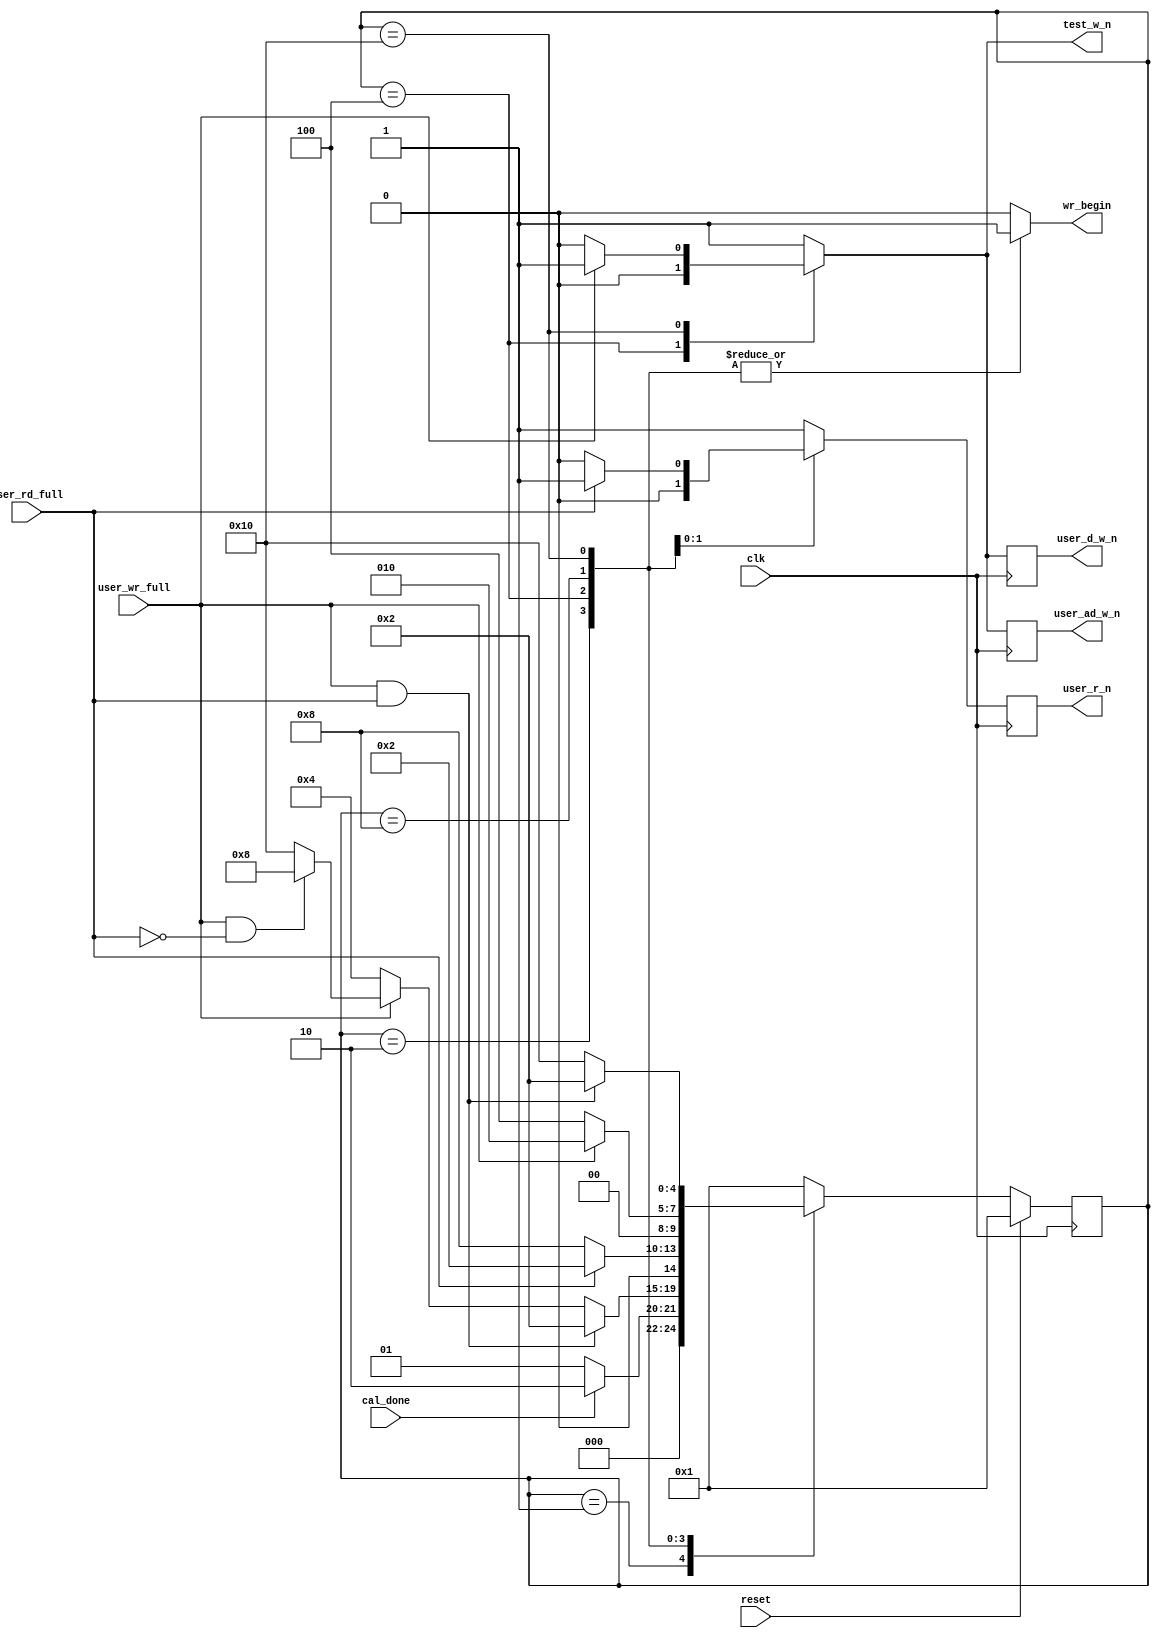
//*****************************************************************************
// DISCLAIMER OF LIABILITY
//
// This file contains proprietary and confidential information of
// Xilinx, Inc. ("Xilinx"), that is distributed under a license
// from Xilinx, and may be used, copied and/or disclosed only
// pursuant to the terms of a valid license agreement with Xilinx.
//
// XILINX IS PROVIDING THIS DESIGN, CODE, OR INFORMATION
// ("MATERIALS") "AS IS" WITHOUT WARRANTY OF ANY KIND, EITHER
// EXPRESSED, IMPLIED, OR STATUTORY, INCLUDING WITHOUT
// LIMITATION, ANY WARRANTY WITH RESPECT TO NONINFRINGEMENT,
// MERCHANTABILITY OR FITNESS FOR ANY PARTICULAR PURPOSE. Xilinx
// does not warrant that functions included in the Materials will
// meet the requirements of Licensee, or that the operation of the
// Materials will be uninterrupted or error-free, or that defects
// in the Materials will be corrected. Furthermore, Xilinx does
// not warrant or make any representations regarding use, or the
// results of the use, of the Materials in terms of correctness,
// accuracy, reliability or otherwise.
//
// Xilinx products are not designed or intended to be fail-safe,
// or for use in any application requiring fail-safe performance,
// such as life-support or safety devices or systems, Class III
// medical devices, nuclear facilities, applications related to
// the deployment of airbags, or any other applications that could
// lead to death, personal injury or severe property or
// environmental damage (individually and collectively, "critical
// applications"). Customer assumes the sole risk and liability
// of any use of Xilinx products in critical applications,
// subject only to applicable laws and regulations governing
// limitations on product liability.
//
// Copyright 2006, 2007, 2008 Xilinx, Inc.
// All rights reserved.
//
// This disclaimer and copyright notice must be retained as part
// of this file at all times.
//*****************************************************************************
//   ____  ____
//  /   /\/   /
// /___/  \  /    Vendor             : Xilinx
// \   \   \/     Version            : 3.6.1
//  \   \         Application        : MIG
//  /   /         Filename           : qdrii_test_wr_rd_sm.v
// /___/   /\     Timestamp          : 15 May 2006
// \   \  /  \    Date Last Modified : $Date: 2010/11/26 18:26:07 $
//  \___\/\___\
//
//Device: Virtex-5
//Design: QDRII
//
//Purpose:
//    This module
//       1. generates writes and read commands emulating the user backend.
//
//Revision History:
//
//*****************************************************************************

`timescale 1ns/1ps

module qdrii_test_wr_rd_sm #
  (
   // Following parameters are for 72-bit design (for ML561 Reference board
   // design). Actual values may be different. Actual parameters values are
   // passed from design top module controller module. Please refer to the
   // controller module for actual values.
   parameter BURST_LENGTH = 4
   )
  (
   input      clk,
   input      reset,
   input      cal_done,
   input      user_wr_full,
   input      user_rd_full,
   output reg test_w_n,
   output reg user_ad_w_n,
   output reg user_d_w_n,
   output reg user_r_n,
   output reg wr_begin
   );


   localparam [4:0] //5 states - one-hot encoded
                    INIT         =  5'b0_0001,
                    IDLE         =  5'b0_0010,
                    TEST_WR      =  5'b0_0100,
                    TEST_RD      =  5'b0_1000,
                    TEST_WR_RD   =  5'b1_0000;

   reg [4:0]        Current_State;
   reg [4:0]        Next_State;
   reg              test_r_n;

   always @(posedge clk)
     begin
        if (reset)
          Current_State <= INIT;
        else
          Current_State <= Next_State;
     end

   always @(Current_State or user_wr_full or user_rd_full or cal_done)
     begin
        test_w_n = 1;
        test_r_n = 1;
        wr_begin = 0;

        case (Current_State)
          INIT: begin
             if (cal_done)
               Next_State = IDLE;
             else
               Next_State = INIT;
          end

          IDLE: begin
          wr_begin = 1;
             if (user_wr_full & user_rd_full)
               Next_State = IDLE;
             else if ((!user_wr_full) & (BURST_LENGTH == 4))
               Next_State = TEST_WR;
             else if (user_wr_full & (!user_rd_full) & (BURST_LENGTH == 4))
               Next_State = TEST_RD;
             else
               Next_State = TEST_WR_RD;
          end

          TEST_WR: begin
             wr_begin  = 1;
             test_w_n  = 0;  // Initiate a write cycle
             if (user_rd_full)
               Next_State = IDLE;
             else
               Next_State = TEST_RD;
          end

          TEST_RD: begin
             test_r_n = 0;  // Initiate a read cycle
             wr_begin = 1;
             if (user_wr_full)
               Next_State = IDLE;
             else
               Next_State = TEST_WR;
          end

          // BL2 design Write-Read state. For BL2 Write and Read command can be
          // issued in the same clock.
          TEST_WR_RD : begin
            wr_begin = 1;
            if(!user_wr_full)
              test_w_n = 0;
            if(!user_rd_full)
              test_r_n = 0;
            if(user_wr_full & user_rd_full)
              Next_State = IDLE;
            else
              Next_State = TEST_WR_RD;
          end

          default: Next_State = INIT;
        endcase
     end

//   always @(posedge clk)
//     begin
//        if (reset) begin
//           user_d_w_n <= 1'b1;
//           user_ad_w_n <= 1'b1;
//           user_r_n <= 1'b1;
//        end
//        else begin
//           user_d_w_n <= test_w_n ;
//           user_ad_w_n <= test_w_n ;
//           user_r_n<= test_r_n;
//        end
//     end

   always @(posedge clk)
     begin
        user_d_w_n  <= test_w_n ;
        user_ad_w_n <= test_w_n ;
        user_r_n    <= test_r_n;
     end

endmodule